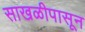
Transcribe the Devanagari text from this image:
साखळीपासून